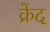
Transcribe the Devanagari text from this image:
क्रेंद